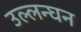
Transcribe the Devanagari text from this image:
उल्लन्घन